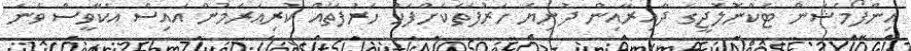
އިންފޯމެޝަން ޓެކްނޮލޮޖީގެ ދާއިރާއިން ދުނިޔެ ހަރުފަތަކަށްފަހު ހަރުފަތެއް ކުރިއަރަމުން އައިސް އެކާވީސް ވަނަ